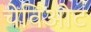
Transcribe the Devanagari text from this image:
चेविओट